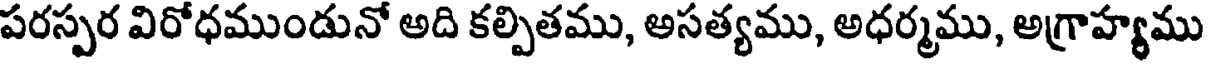
పరస్పర విరోధముండునో అది కల్పితము, అసత్యము, అధర్మము, అగ్రాహ్యము